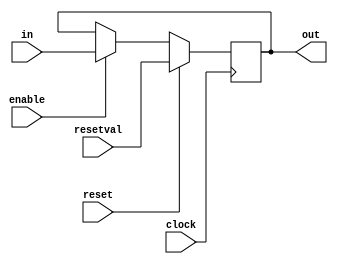
// Clocked register with enable signal and synchronous reset
 // Default width is 8, but can be overriden
 module cenrreg(out, in, enable, reset, resetval, clock);
 parameter width = 8;
 input enable,reset,clock;
 input [width-1:0] in,resetval;
 output [width-1:0] out;
 reg [width-1:0] out;
 always @(posedge clock) 
    begin
    if (reset)
        out <= resetval;
    else if (enable)
        out <= in;
    end
 endmodule
 // Pipeline register. Uses reset signal to inject bubble
 // When bubbling, must specify value that will be loaded
 module preg(out, in, stall, bubble, bubbleval, clock);

 parameter width = 8;
 output [width-1:0] out;
 input stall, bubble,clock;
 input [width-1:0] in,bubbleval;
 cenrreg #(width) r(out, in, ~stall, bubble, bubbleval, clock);
 endmodule


 // Register file
 module regfile(dstE, valE, dstM, valM, srcA, valA, srcB, valB, reset, clock, rax, rcx, rdx, rbx, rsp, rbp, rsi, rdi, r8, r9, r10, r11, r12, r13, r14);
output [63:0] valB,valA,rax, rcx, rdx, rbx, rsp, rbp, rsi, rdi, r8, r9, r10, r11, r12, r13, r14;
 input [ 3:0] srcB,srcA,dstE,dstM;
 input [63:0] valE,valM;
 input clock,reset; // Set registers to 0
 // Define names for registers used in HCL code

parameter RRNONE = 4'b1111,R14 = 4'b1110,R13 = 4'b1101,R12 = 4'b1100,R11 = 4'b1011,R10 = 4'b1010,R9 = 4'b1001,R8 = 4'b1000,RRDI = 4'b0111,RRSI = 4'b0110,RRBP = 4'b0101,RRSP = 4'b0100,RRBX = 4'b0011,RRDX = 4'b0010,RRAX = 4'b0000,RRCX = 4'b0001;

 
 // Input write controls for each register
 wire rax_iw, rcx_iw, rdx_iw, rbx_iw, rsp_iw, rbp_iw, rsi_iw, rdi_iw, r8_iw, r9_iw, r10_iw, r11_iw, r12_iw, r13_iw, r14_iw;
// Input data for each register
 wire [63:0] rax_id, rcx_id, rdx_id, rbx_id, rsp_id, rbp_id, rsi_id, rdi_id, r8_id, r9_id, r10_id, r11_id, r12_id, r13_id, r14_id;

 // Implement with clocked registers
 reg temp = 1'b0;
 cenrreg #(64) a(r8, r8_id, r8_iw, temp, 64'b0, clock);
 cenrreg #(64) b(r9, r9_id, r9_iw, temp, 64'b0, clock);
 cenrreg #(64) c(r14, r14_id, r14_iw, temp, 64'b0, clock);
 cenrreg #(64) d(rdx, rdx_id, rdx_iw, temp, 64'b0, clock);
 cenrreg #(64) e(rbx, rbx_id, rbx_iw, temp, 64'b0, clock);
 cenrreg #(64) f(rsp, rsp_id, rsp_iw, temp, 64'b0, clock);
 cenrreg #(64) g(r12, r12_id, r12_iw, temp, 64'b0, clock);
 cenrreg #(64) h(r13, r13_id, r13_iw, temp, 64'b0, clock);
 cenrreg #(64) i(rax, rax_id, rax_iw, temp, 64'b0, clock);
 cenrreg #(64) j(rcx, rcx_id, rcx_iw, temp, 64'b0, clock);
 cenrreg #(64) k(rbp, rbp_id, rbp_iw, temp, 64'b0, clock);
 cenrreg #(64) l(rsi, rsi_id, rsi_iw, temp, 64'b0, clock);
 cenrreg #(64) m(rdi, rdi_id, rdi_iw, temp, 64'b0, clock);
 cenrreg #(64) n(r10, r10_id, r10_iw, temp, 64'b0, clock);
 cenrreg #(64) o(r11, r11_id, r11_iw, temp, 64'b0, clock);

 // Reads occur like combinational logic
 assign valA =
 srcA == RRAX ? rax : srcA == RRCX ? rcx : srcA == RRDX ? rdx : srcA == RRBX ? rbx : srcA == RRSP ? rsp : srcA == RRBP ? rbp : srcA == RRSI ? rsi : srcA == RRDI ? rdi : srcA == R8 ? r8 : srcA == R9 ? r9 : srcA == R10 ? r10 : srcA == R11 ? r11 : srcA == R12 ? r12 : srcA == R13 ? r13 : srcA == R14 ? r14 : 0;

 assign valB =
 srcB == RRAX ? rax : srcB == RRCX ? rcx : srcB == RRDX ? rdx : srcB == RRBX ? rbx : srcB == RRSP ? rsp : srcB == RRBP ? rbp : srcB == RRSI ? rsi : srcB == RRDI ? rdi : srcB == R8 ? r8 : srcB == R9 ? r9 : srcB == R10 ? r10 : srcB == R11 ? r11 : srcB == R12 ? r12 : srcB == R13 ? r13 : srcB == R14 ? r14 : 0;


 assign rdi_id = dstM == RRDI ? valM : valE;
 assign r8_id = dstM == R8 ? valM : valE;
 assign rcx_id = dstM == RRCX ? valM : valE;
 assign rax_iw = dstM == RRAX | dstE == RRAX;
 assign r13_iw = dstM == R13 | dstE == R13;
 assign rax_id = dstM == RRAX ? valM : valE;
 assign rbp_id = dstM == RRBP ? valM : valE;
 assign r13_id = dstM == R13 ? valM : valE;
 assign r9_id = dstM == R9 ? valM : valE;
 assign r12_id = dstM == R12 ? valM : valE;
 assign rsi_id = dstM == RRSI ? valM : valE;
 assign r11_id = dstM == R11 ? valM : valE;
 assign rdx_id = dstM == RRDX ? valM : valE;
 assign r10_id = dstM == R10 ? valM : valE;
 assign rsp_id = dstM == RRSP ? valM : valE;
 assign rbx_id = dstM == RRBX ? valM : valE;
 assign r14_id = dstM == R14 ? valM : valE;
 assign rbp_iw = dstM == RRBP | dstE == RRBP;
 assign rdx_iw = dstM == RRDX | dstE == RRDX;
 assign r9_iw = dstM == R9 | dstE == R9;
 assign rcx_iw = dstM == RRCX | dstE == RRCX;
 assign rsi_iw = dstM == RRSI | dstE == RRSI;
 assign rbx_iw = dstM == RRBX | dstE == RRBX;
 assign rsp_iw = dstM == RRSP | dstE == RRSP;
 assign r10_iw = dstM == R10 | dstE == R10;
 assign r11_iw = dstM == R11 | dstE == R11;
 assign rdi_iw = dstM == RRDI | dstE == RRDI;
 assign r8_iw = dstM == R8 | dstE == R8;
 assign r14_iw = dstM == R14 | dstE == R14;
 assign r12_iw = dstM == R12 | dstE == R12;

 endmodule